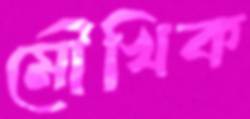
মৌখিক